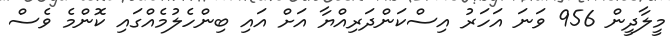
މީލާދީން 956 ވަނަ އަހަރު އިސްކަންދަރިއްޔާ އަށް އައި ބިންހެލުމެއްގައި ކޮންމެ ވެސް